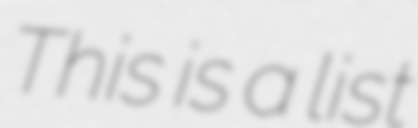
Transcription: This is a list